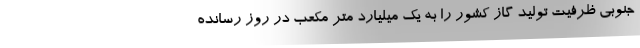
جنوبی ظرفیت تولید گاز کشور را به یک میلیارد متر مکعب در روز رسانده